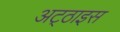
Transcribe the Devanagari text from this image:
अट्‌ठाइस